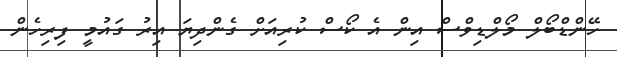
ހޭންޑްބޯލް މޯލްޑިވްސް އިން އެ ކޯސް ކުރިއަށް ގެންދިޔަ އިރު ގައުމީ ފިރިހެން